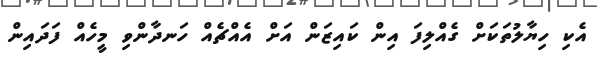
އެކި ހިޔާލުތަކަށް ގެއްލިފަ އިން ކައިޒަން އަށް އެއްޗެއް ހަނދާންވި މީހެއް ފަދައިން